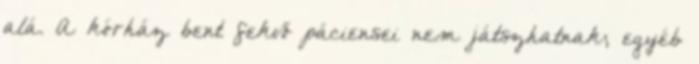
alá. A kórház bent fekvő páciensei nem játszhatnak; egyéb